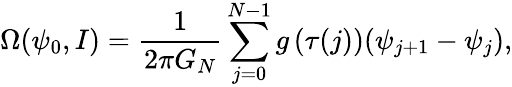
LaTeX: \Omega(\psi_{0},I)=\frac{1}{2\pi G_{N}}\sum_{j=0}^{N-1}g\left(\tau(j)\right)(\psi_{j+1}-\psi_{j}),